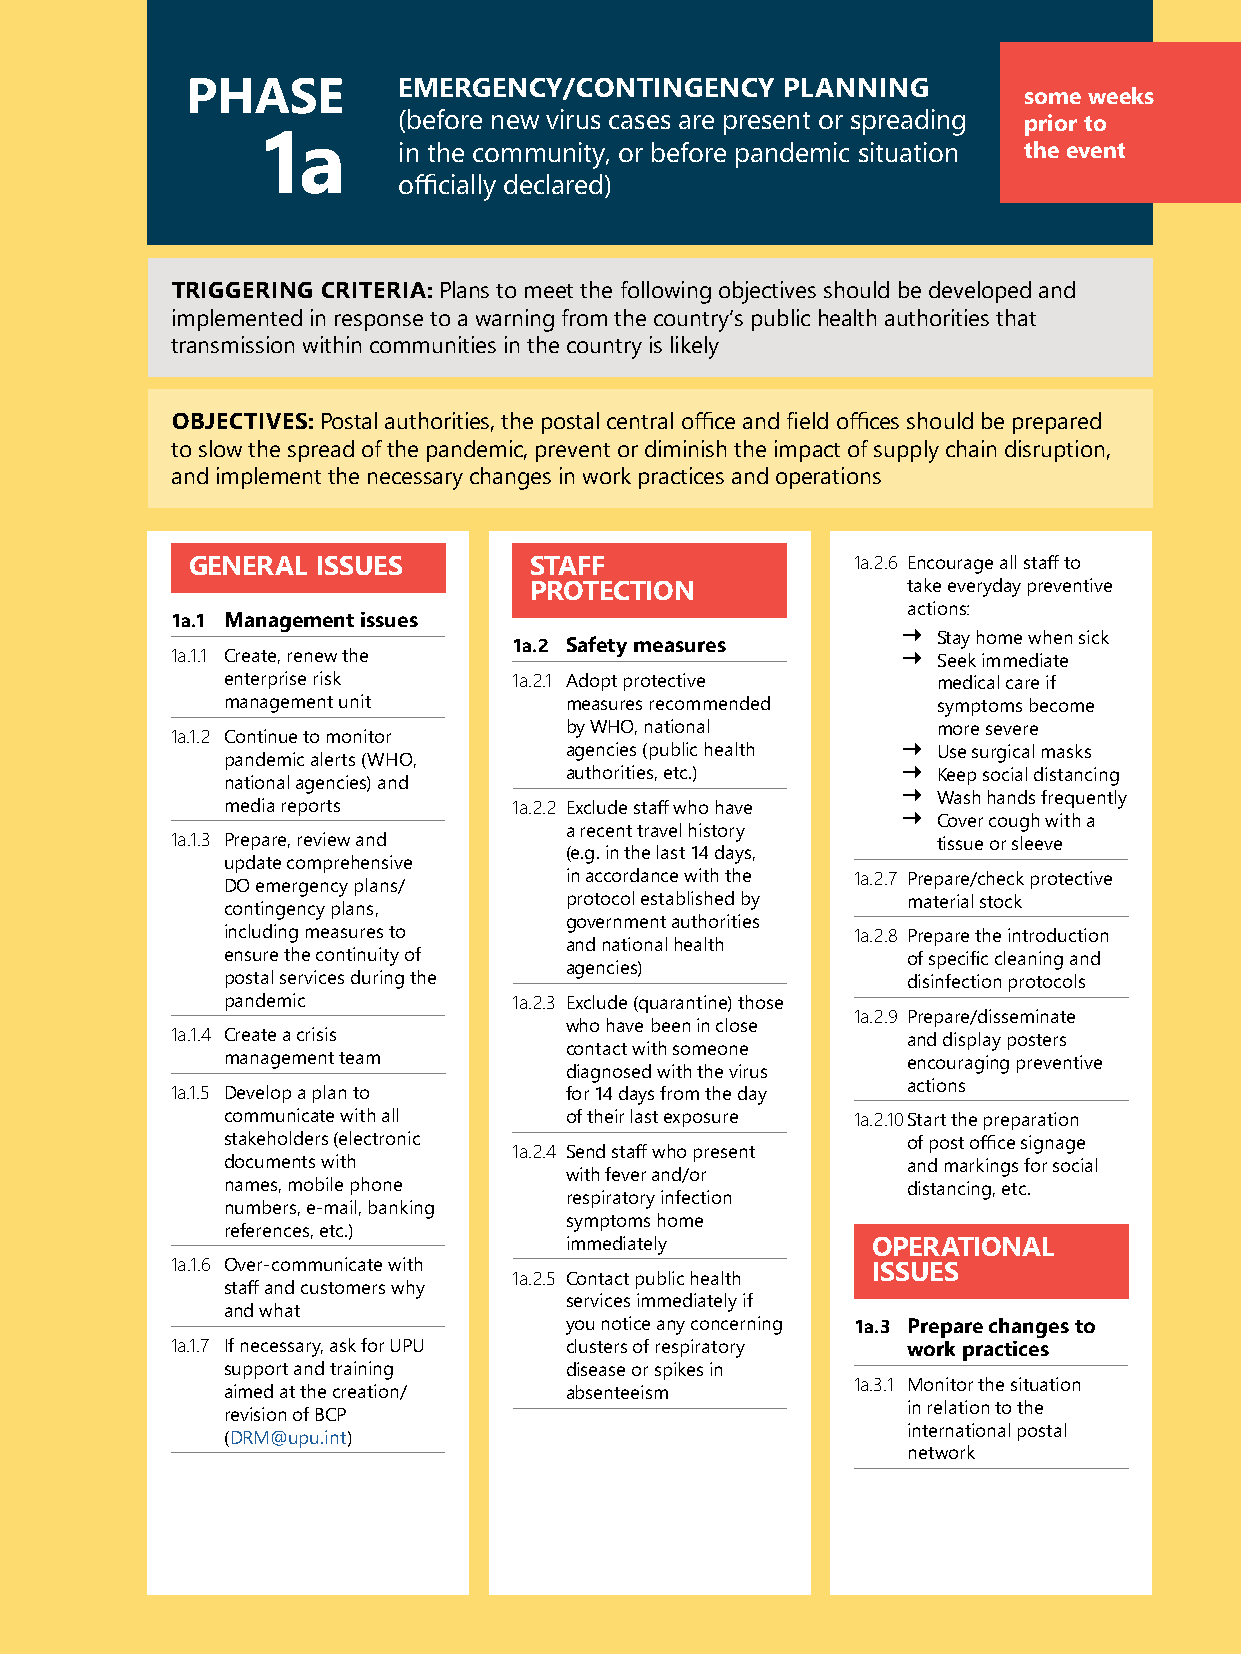
Chapter VIII: Emergency plan development | 49
 PHASE         EMERGENCY/CONTINGENCY     PLANNING        some weeks
 (before new virus cases are present or spreading prior to
 1a       in the community, or before pandemic situation the event
 officially declared)
 TRIGGERING CRITERIA: Plans to meet the following objectives should be developed and
 implemented in response to a warning from the country’s public health authorities that
 transmission within communities in the country is likely
 OBJECTIVES: Postal authorities, the postal central office and field offices should be prepared
 to slow the spread of the pandemic, prevent or diminish the impact of supply chain disruption,
 and implement the necessary changes in work practices and operations
 GENERAL  ISSUES        STAFF                 1a.2.6 Encourage all staff to
 PROTECTION               take everyday preventive
 actions:
 1a.1 Management issues
 
 Stay home when sick
 1a.1.1 Create, renew the 1a.2 Safety measures     Seek immediate
 enterprise risk    1a.2.1 Adopt protective     medical care if
 management unit       measures recommended     symptoms become
 by WHO, national         more severe
 1a.1.2 Continue to monitor
 agencies (public health
 
 Use surgical masks
 pandemic alerts (WHO,
 authorities, etc.)
 
 Keep social distancing
 national agencies) and
 
 Wash hands frequently
 media reports      1a.2.2 Exclude staff who have 
 Cover cough with a
 a recent travel history
 1a.1.3 Prepare, review and                         tissue or sleeve
 (e.g. in the last 14 days,
 update comprehensive
 in accordance with the 1a.2.7 Prepare/check protective
 DO emergency plans/
 protocol established by material stock
 contingency plans,
 government authorities
 including measures to                     1a.2.8 Prepare the introduction
 and national health
 ensure the continuity of                     of specific cleaning and
 agencies)
 postal services during the                   disinfection protocols
 pandemic           1a.2.3 Exclude (quarantine) those
 1a.2.9 Prepare/disseminate
 who have been in close
 1a.1.4 Create a crisis                           and display posters
 contact with someone
 management team                              encouraging preventive
 diagnosed with the virus
 actions
 1a.1.5 Develop a plan to  for 14 days from the day
 communicate with all  of their last exposure 1a.2.10 Start the preparation
 stakeholders (electronic                     of post office signage
 1a.2.4 Send staff who present
 documents with                               and markings for social
 with fever and/or
 names, mobile phone                          distancing, etc.
 respiratory infection
 numbers, e-mail, banking
 symptoms home
 references, etc.)
 immediately          OPERATIONAL
 1a.1.6 Over-communicate with                   ISSUES
 1a.2.5 Contact public health
 staff and customers why
 services immediately if
 and what
 you notice any concerning 1a.3 Prepare changes to
 1a.1.7 If necessary, ask for UPU clusters of respiratory work practices
 support and training  disease or spikes in
 1a.3.1 Monitor the situation
 aimed at the creation/ absenteeism
 in relation to the
 revision of BCP
 international postal
 (DRM@upu.int)
 network